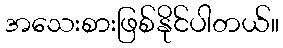
အသေးစားဖြစ်နိုင်ပါတယ်။